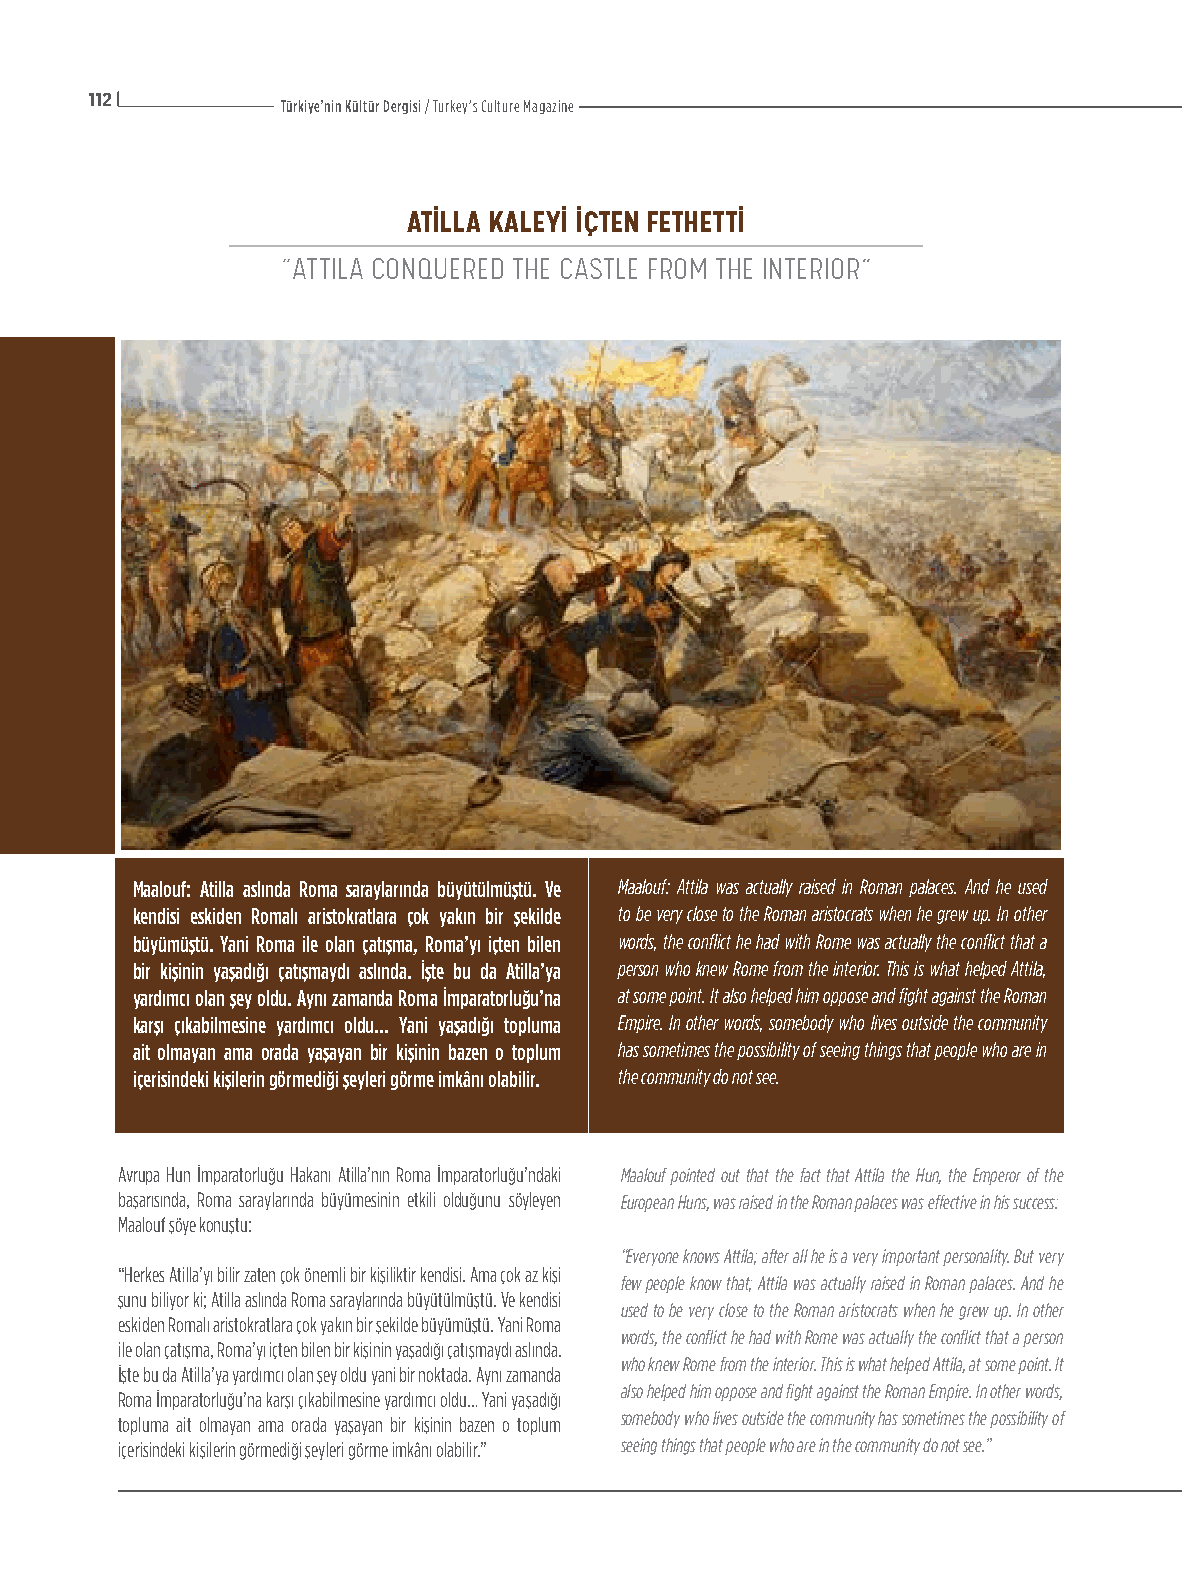
112
 Türkiye’nin Kültür Dergisi / Turkey’s Culture Magazine
 ATİLLA KALEYİ İÇTEN FETHETTİ
 “ATTILA CONQUERED THE CASTLE FROM THE INTERIOR”
 Maalouf: Atilla aslında Roma saraylarında büyütülmüştü. Ve Maalouf: Attila was actually raised in Roman palaces. And he used
 kendisi eskiden Romalı aristokratlara çok yakın bir şekilde to be very close to the Roman aristocrats when he grew up. In other
 büyümüştü. Yani Roma ile olan çatışma, Roma’yı içten bilen words, the conflict he had with Rome was actually the conflict that a
 bir kişinin yaşadığı çatışmaydı aslında. İşte bu da Atilla’ya person who knew Rome from the interior. This is what helped Attila,
 yardımcı olan şey oldu. Aynı zamanda Roma İmparatorluğu’na at some point. It also helped him oppose and fight against the Roman
 karşı çıkabilmesine yardımcı oldu… Yani yaşadığı topluma Empire. In other words, somebody who lives outside the community
 ait olmayan ama orada yaşayan bir kişinin bazen o toplum has sometimes the possibility of seeing things that people who are in
 içerisindeki kişilerin görmediği şeyleri görme imkânı olabilir. the community do not see.
 Avrupa Hun İmparatorluğu Hakanı Atilla’nın Roma İmparatorluğu’ndaki Maalouf pointed out that the fact that Attila the Hun, the Emperor of the
 başarısında, Roma saraylarında büyümesinin etkili olduğunu söyleyen European Huns, was raised in the Roman palaces was effective in his success:
 Maalouf şöye konuştu:
 “Everyone knows Attila; after all he is a very important personality. But very
 “Herkes Atilla’yı bilir zaten çok önemli bir kişiliktir kendisi. Ama çok az kişi
 few people know that; Attila was actually raised in Roman palaces. And he
 şunu biliyor ki; Atilla aslında Roma saraylarında büyütülmüştü. Ve kendisi
 used to be very close to the Roman aristocrats when he grew up. In other
 eskiden Romalı aristokratlara çok yakın bir şekilde büyümüştü. Yani Roma
 words, the conflict he had with Rome was actually the conflict that a person
 ile olan çatışma, Roma’yı içten bilen bir kişinin yaşadığı çatışmaydı aslında.
 who knew Rome from the interior. This is what helped Attila, at some point. It
 İşte bu da Atilla’ya yardımcı olan şey oldu yani bir noktada. Aynı zamanda
 also helped him oppose and fight against the Roman Empire. In other words,
 Roma İmparatorluğu’na karşı çıkabilmesine yardımcı oldu… Yani yaşadığı
 somebody who lives outside the community has sometimes the possibility of
 topluma ait olmayan ama orada yaşayan bir kişinin bazen o toplum
 içerisindeki kişilerin görmediği şeyleri görme imkânı olabilir.” seeing things that people who are in the community do not see.”